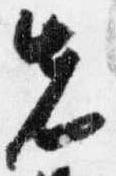
先